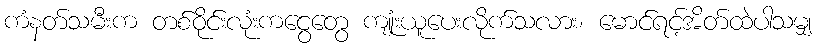
ကံနတ်သမီးက တစ်ဝိုင်းလုံးကငွေတွေ ကျုံးယူပေးလိုက်သလား၊ မောင်ရင့်အိတ်ထဲပါသမျှ